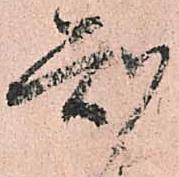
知